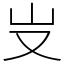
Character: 𠬢